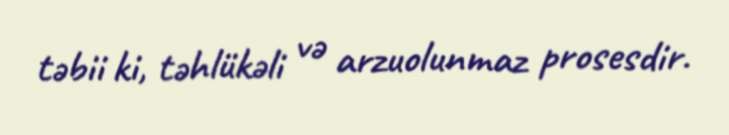
təbii ki, təhlükəli və arzuolunmaz prosesdir.